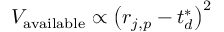
V _ { \mathrm { { a v a i l a b l e } } } \propto \left( { r } _ { j , p } - { t } _ { d } ^ { * } \right) ^ { 2 }